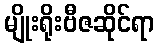
မျိုးရိုးဗီဇဆိုင်ရာ